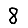
Digit: 8